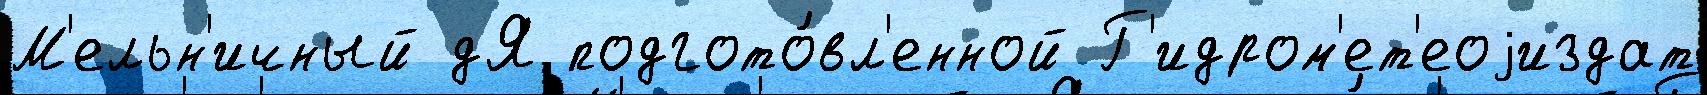
М'ельн'ичный дЯ подгото́вл'енной Г'идром'ет'еоjиздат